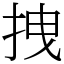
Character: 拽